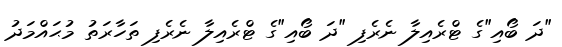
"ދަ ބޯއި"ގެ ޓްރެއިލާ ނެރެފި "ދަ ބޯއި"ގެ ޓްރެއިލާ ނެރެފި ތަހާރަތު މުޙައްމަދު